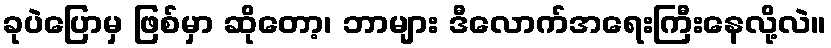
ခုပဲပြောမှ ဖြစ်မှာ ဆိုတော့၊ ဘာများ ဒီလောက်အရေးကြီးနေလို့လဲ။